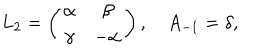
L _ { 2 } = \left( \begin{matrix} { { \alpha } } & { { \beta } } \\ { { \gamma } } & { { - \alpha } } \\ \end{matrix} \right) , \quad A _ { - 1 } = \delta ,